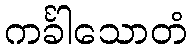
ကင်္ခါသောတံ